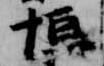
恒